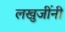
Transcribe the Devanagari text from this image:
लखुजींनी